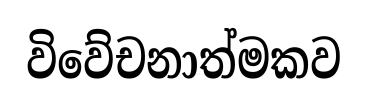
විවේචනාත්මකව